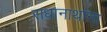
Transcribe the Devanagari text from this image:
राधानाथांना